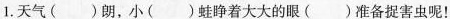
1.天气( )朗，小( )蛙睁着大大的眼( )准备捉害虫呢！